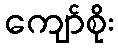
ကျော်စိုး